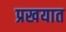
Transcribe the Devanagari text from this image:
प्रखयात